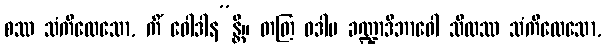
စဿ သံကိလေသော, ကိံ ဝေါဒါန”န္တိ။ တတြ ဝဒါမ ခဏ္ဍာဒိဘာဝေါ သီလဿ သံကိလေသော,